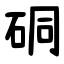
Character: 硐